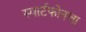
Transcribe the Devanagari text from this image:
स्मार्टफोनचा